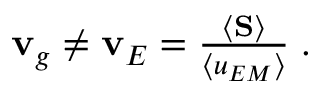
\begin{array} { r } { { \bf { v } } _ { g } \neq { \bf { v } } _ { E } = \frac { \left\langle { \bf { S } } \right\rangle } { \left\langle u _ { E M } \right\rangle } \; . } \end{array}